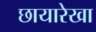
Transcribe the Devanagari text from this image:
छायारेखा